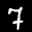
Label: 7